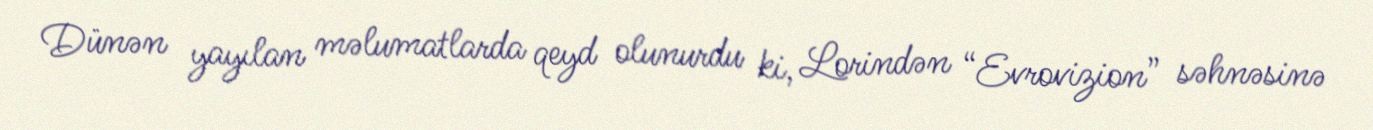
Dünən yayılan məlumatlarda qeyd olunurdu ki, Lorindən “Evrovizion” səhnəsinə